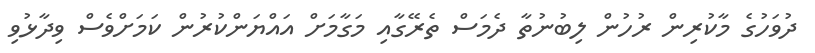
ދުވަހުގެ މާކުރިން ރުހުން ލިބުނުތާ ދެމަސް ތެރޭގާއި މަގާމަށް އައްޔަންކުރުން ކަމަށްވެސް ވިދާޅުވި